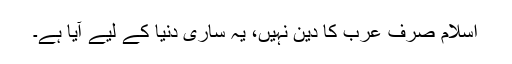
اسلام صرف عرب کا دین نہیں، یہ ساری دنیا کے لیے آیا ہے۔